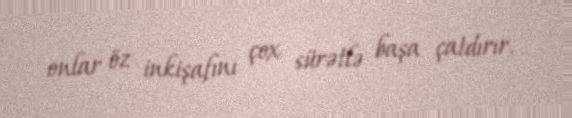
onlar öz inkişafını çox sürətlə başa çatdırır.